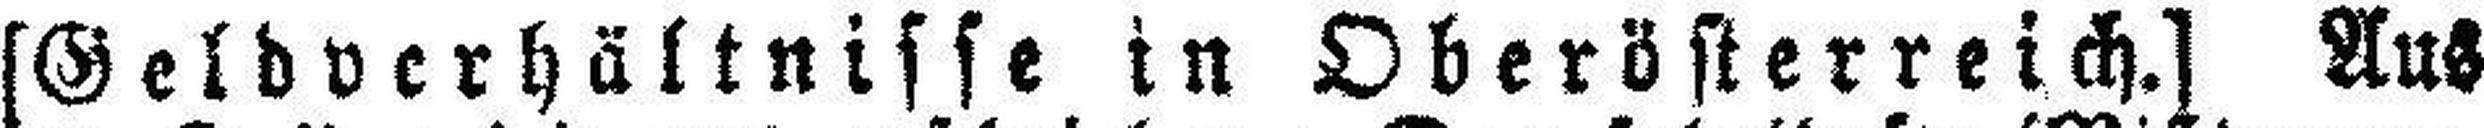
[Geldverhältnisse in Oberösterreich.] Aus